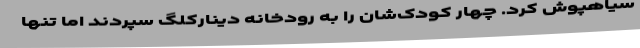
سیاهپوش کرد. چهار کودک‌شان را به رودخانه دینارکلگ سپردند اما تنها